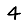
Digit: 4